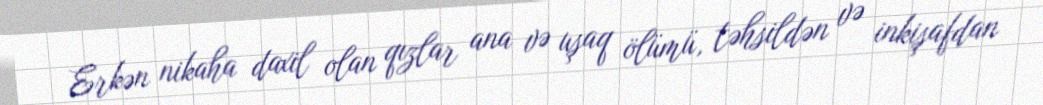
Erkən nikaha daxil olan qızlar ana və uşaq ölümü, təhsildən və inkişafdan